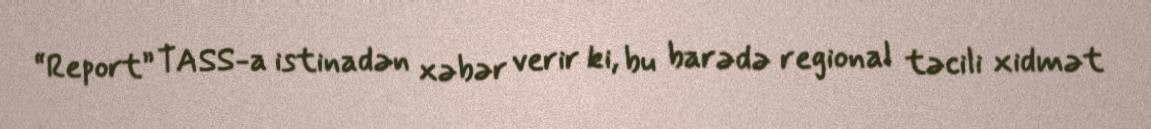
“Report” TASS-a istinadən xəbər verir ki, bu barədə regional təcili xidmət